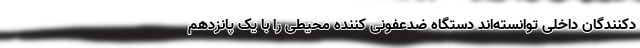
دکنندگان داخلی توانسته‌اند دستگاه ضدعفونی کننده محیطی را با یک پانزدهم